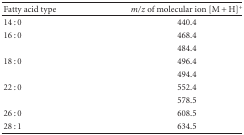
<table><thead><tr><td><b>Fatty acid type</b></td><td><b><i>m</i>/<i>z</i> of molecular ion [M + H]<sup>+</sup></b></td></tr></thead><tbody><tr><td>14 : 0</td><td>440.4</td></tr><tr><td>16 : 0</td><td>468.4</td></tr><tr><td>[EMPTY_CELL]</td><td>484.4</td></tr><tr><td>18 : 0</td><td>496.4</td></tr><tr><td>[EMPTY_CELL]</td><td>494.4</td></tr><tr><td>22 : 0</td><td>552.4</td></tr><tr><td>[EMPTY_CELL]</td><td>578.5</td></tr><tr><td>26 : 0</td><td>608.5</td></tr><tr><td>28 : 1</td><td>634.5</td></tr></tbody></table>